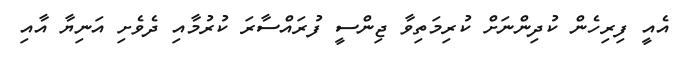
އެއީ ފިރިހެން ކުދިންނަށް ކުރިމަތިވާ ޖިންސީ ފުރައްސާރަ ކުރުމާއި ދެވެށި އަނިޔާ އާއި